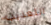
التعذيب